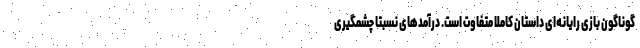
گوناگون بازی رایانه‌ای داستان کاملا متفاوت است. درآمدهای نسبتا چشمگیری